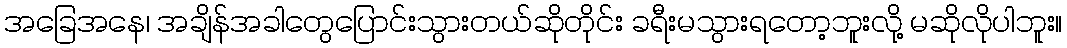
အခြေအနေ၊ အချိန်အခါတွေပြောင်းသွားတယ်ဆိုတိုင်း ခရီးမသွားရတော့ဘူးလို့ မဆိုလိုပါဘူး။